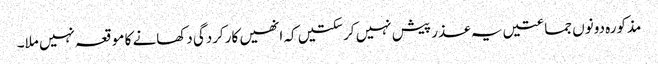
مذکورہ دونوں جماعتیں یہ عذر پیش نہیں کرسکتیں کہ انھیں کارکردگی دکھانے کا موقعہ نہیں ملا۔